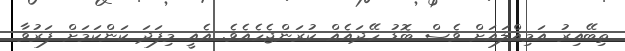
ތިބޭއިރު އަމިއްލައަށް ވެސް ބޮޑު ހޭދައެއް ކުރަންޖެހެއެވެ. އެއީ މިފަދަ ކަންކަމަށް ފަރުވާ